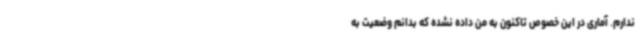
ندارم. آماری در این خصوص تاکنون به من داده نشده که بدانم وضعیت به